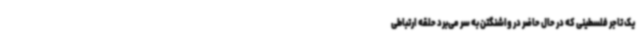
یک تاجر فلسطینی که در حال حاضر در واشنگتن به سر می‌برد حلقه ارتباطی